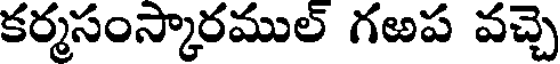
కర్మసంస్కారముల్ గఱప వచ్చె